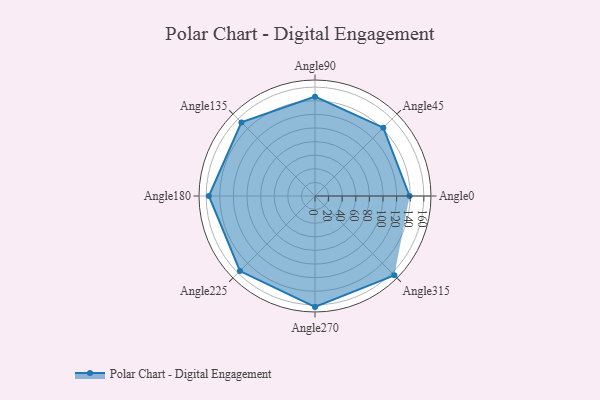
{"axis": {"x": "Angle", "y": "Radius"}, "legend": [""], "data": [{"x": "Angle0", "y": 139.0, "type": ""}, {"x": "Angle45", "y": 142.0, "type": ""}, {"x": "Angle90", "y": 146.0, "type": ""}, {"x": "Angle135", "y": 153.0, "type": ""}, {"x": "Angle180", "y": 156.0, "type": ""}, {"x": "Angle225", "y": 156.0, "type": ""}, {"x": "Angle270", "y": 163.0, "type": ""}, {"x": "Angle315", "y": 165.0, "type": ""}]}